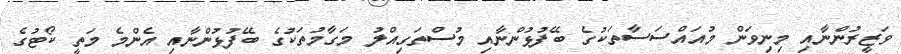
ވަޒީރުންނާއި މިނިވަން މުއައްސަސާތަކުގެ ބޭފުޅުންނާއި މުސްތަގިއްލު މަގާމުތަކުގެ ބޭފުޅުންނާއި އެންމެ މަތީ ކޯޓުގެ